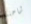
شاحنته